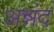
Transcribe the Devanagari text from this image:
अन्नंद